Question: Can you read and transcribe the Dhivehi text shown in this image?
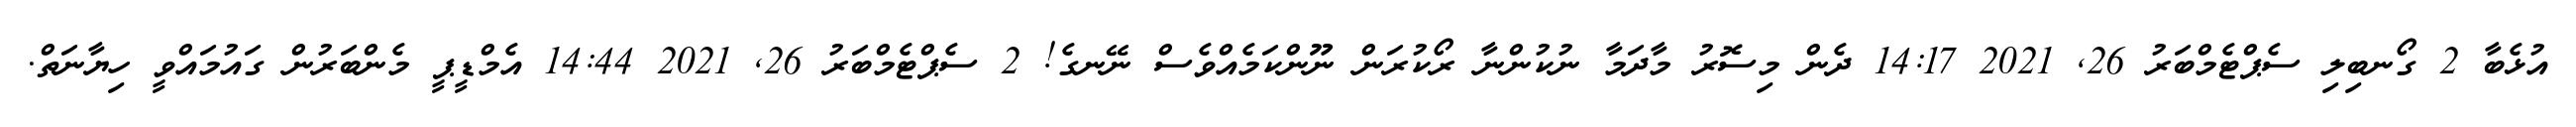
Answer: އުޅެބާ 2 ގޯނބިލި ސެޕްޓެމްބަރު 26, 2021 14:17 ދެން މިސޮރު މާދަމާ ނުކުންނާ ރޯކުރަން ނޫންކަމެއްވެސް ނޭނގެ! 2 ސެޕްޓެމްބަރު 26, 2021 14:44 އެމްޑީޕީ މެންބަރުން ގައުމައްވީ ހިޔާނަތް.